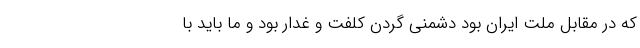
که در مقابل ملت ایران بود دشمنی گردن کلفت و غدّار بود و ما باید با